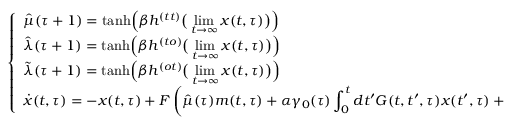
\left\{ \begin{array} { l } { \displaystyle \hat { \mu } ( \tau + 1 ) = \mathrm { t a n h } \Big ( \beta h ^ { ( t t ) } \big ( \operatorname* { l i m } _ { t \rightarrow \infty } x ( t , \tau ) \big ) \Big ) } \\ { \displaystyle \hat { \lambda } ( \tau + 1 ) = \mathrm { t a n h } \Big ( \beta h ^ { ( t o ) } \big ( \operatorname* { l i m } _ { t \rightarrow \infty } x ( t , \tau ) \big ) \Big ) } \\ { \displaystyle \tilde { \lambda } ( \tau + 1 ) = \mathrm { t a n h } \Big ( \beta h ^ { ( o t ) } \big ( \operatorname* { l i m } _ { t \rightarrow \infty } x ( t , \tau ) \big ) \Big ) } \\ { \displaystyle \dot { x } ( t , \tau ) = - x ( t , \tau ) + F \left( \hat { \mu } ( \tau ) m ( t , \tau ) + \alpha \gamma _ { 0 } ( \tau ) \int _ { 0 } ^ { t } d t ^ { \prime } G ( t , t ^ { \prime } , \tau ) x ( t ^ { \prime } , \tau ) + \eta ( t , \tau ) \right) + \, \xi ( t , \tau ) } \end{array} \right. \,